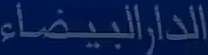
الدارالبيضاء